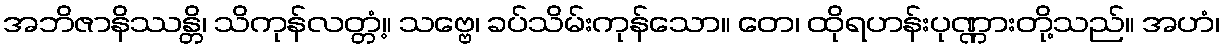
အဘိဇာနိဿန္တိ၊ သိကုန်လတ္တံ့။ သဗ္ဗေ၊ ခပ်သိမ်းကုန်သော။ တေ၊ ထိုရဟန်းပုဏ္ဏားတို့သည်။ အဟံ၊